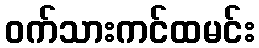
ဝက်သားကင်ထမင်း